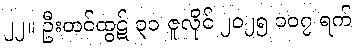
၂၂။ ဦးတင်ထွဋ် ၃၁ ဇူလိုင် ၂၀၂၅ ၁၀၇ ရက်